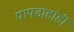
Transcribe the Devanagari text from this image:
पापडाहांडी